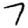
Digit: 7